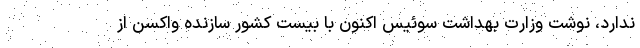
ندارد، نوشت وزارت بهداشت سوئیس اکنون با بیست کشور سازنده واکسن از